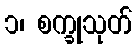
၁၊ စက္ခုသုတ်